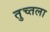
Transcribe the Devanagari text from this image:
तुच्तला